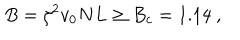
B = \zeta ^ { 2 } v _ { 0 } N L \ge B _ { c } = 1 . 1 4 ~ ,